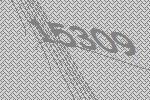
15309